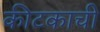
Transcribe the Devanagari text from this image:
कीटकाची